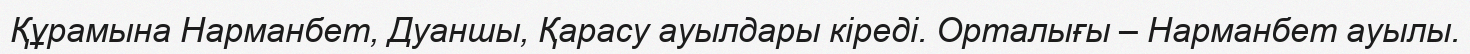
Құрамына Нарманбет, Дуаншы, Қарасу ауылдары кіреді. Орталығы – Нарманбет ауылы.